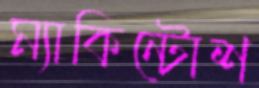
ম্যাকিন্টোশ